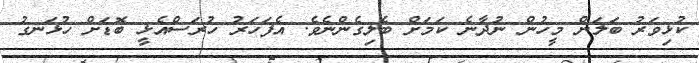
ކުޅިވަރު ބަލަން މީހުން ނުދާނެ ކަމަށް ބެލިގެންނެވެ. އެފަހަރު ހުރަސްއެޅީ ބޮޑަށް ހުޅަނގު